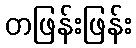
တဖြန်းဖြန်း